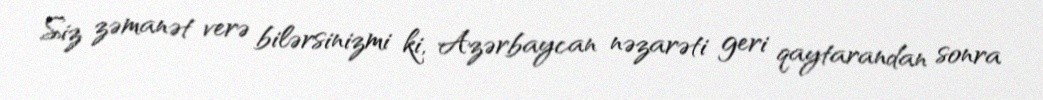
Siz zəmanət verə bilərsinizmi ki, Azərbaycan nəzarəti geri qaytarandan sonra